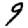
Digit: 9